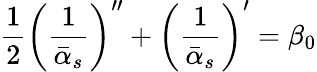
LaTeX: {\frac{1}{2}}\left(\frac{1}{\bar{\alpha}_{s}}\right)^{\prime\prime}+\left(\frac{1}{\bar{\alpha}_{s}}\right)^{\prime}=\beta_{0}